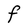
Character: F